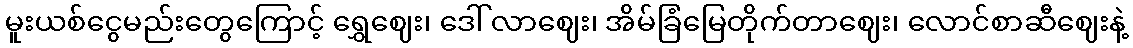
မူးယစ်ငွေမည်းတွေကြောင့် ရွှေဈေး၊ ဒေါ် လာဈေး၊ အိမ်ခြံမြေတိုက်တာဈေး၊ လောင်စာဆီဈေးနဲ့